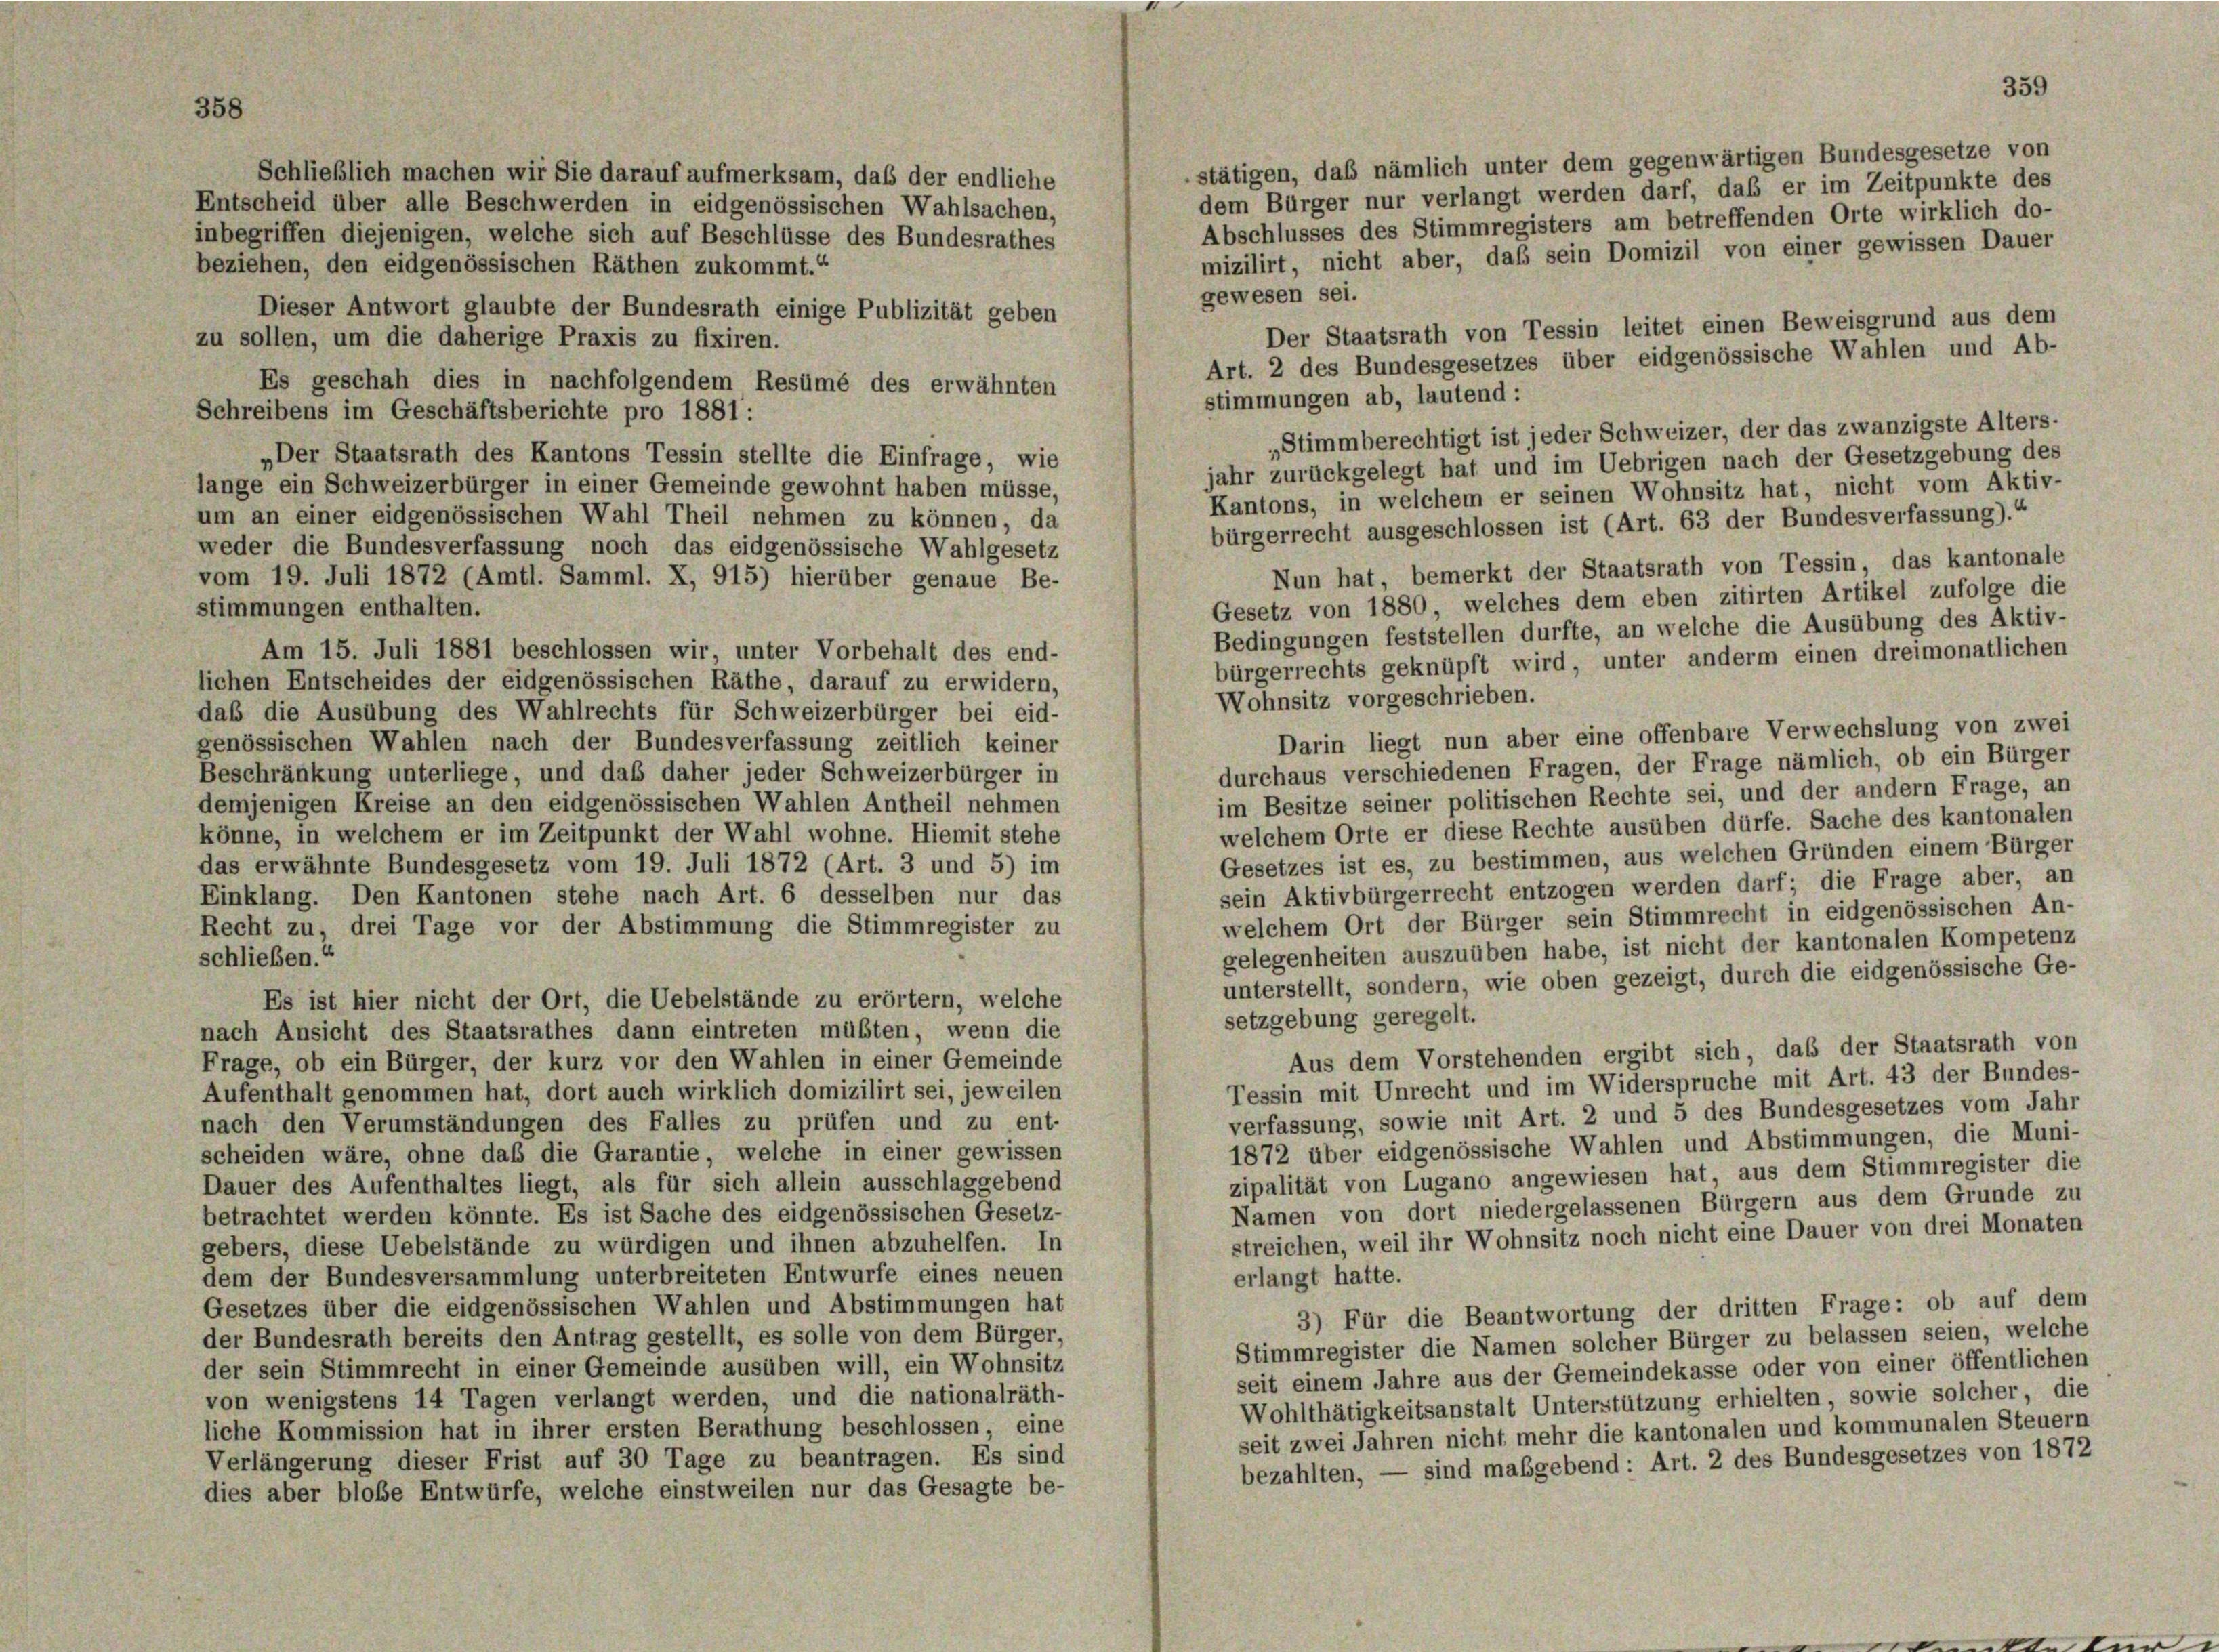
stätigen, daß nämlich unter dem gegenwärtigen Bundesgesetze von

Schließlich machen wir Sie darauf aufmerksam, daß der endliche
dem Bürger nur verlangt werden darf, daß er im Zeitpunkte des
Entscheid über alle Beschwerden in eidgenössischen Wahlsachen,
Abschlusses des Stimmregisters am betreffenden Orte wirklich do-
inbegriffen diejenigen, welche sich auf Beschlüsse des Bundesrathes
mizilirt, nicht aber, daß sein Domizil von einer gewissen Dauer
beziehen, den eidgenössischen Räthen zukommt.“
gewesen sei.
Dieser Antwort glaubte der Bundesrath einige Publizität geben
Der Staatsrath von Tessin leitet einen Beweisgrund aus dem
zu sollen, um die daherige Praxis zu fixiren.
Art. 2 des Bundesgesetzes über eidgenössische Wahlen und Ab-
Es geschah dies in nachfolgendem Resümé des erwähnten
Schreibens im Geschäftsberichte pro 1881:
„Der Staatsrath des Kantons Tessin stellte die Einfrage, wie
lange ein Schweizerbürger in einer Gemeinde gewohnt haben müsse,
um an einer eidgenössischen Wahl Theil nehmen zu können, da
weder die Bundesverfassung noch das eidgenössische Wahlgesetz
vom 19. Juli 1872 (Amtl. Samml. X, 915) hierüber genaue Be-
stimmungen enthalten.
Bedingungen feststellen durfte, an welche die Ausübung des Aktiv-
Am 15. Juli 1881 beschlossen wir, unter Vorbehalt des end-
bürgerrechts geknüpft wird, unter anderm einen dreimonatlichen
lichen Entscheides der eidgenössischen Räthe, darauf zu erwidern,
Wohnsitz vorgeschrieben.
daß die Ausübung des Wahlrechts für Schweizerbürger bei eid-
Darin liegt nun aber eine offenbare Verwechslung von zwei
genössischen Wahlen nach der Bundesverfassung zeitlich keiner
durchaus verschiedenen Fragen, der Frage nämlich, ob ein Bürger
Beschränkung unterliege, und das daher jeder Schweizerbürger in
im Besitze seiner politischen Rechte sei, und der andern Frage, an
demjenigen Kreise an den eidgenössischen Wahlen Antheil nehmen
welchem Orte er diese Rechte ausüben dürfe. Sache des kantonalen
könne, in welchem er im Zeitpunkt der Wahl wohne. Hiemit stehe
Gesetzes ist es, zu bestimmen, aus welchen Gründen einem Bürger
das erwähnte Bundesgesetz vom 19. Juli 1872 (Art. 3 und 5) im
sein Aktivbürgerrecht entzogen werden darf; die Frage aber, an
Einklang. Den Kantonen stehe nach Art. 6 desselben nur das
welchem Ort der Bürger sein Stimmrecht in eidgenössischen An-
Recht zu, drei Tage vor der Abstimmung die Stimmregister zu
gelegenheiten auszuüben habe, ist nicht der kantonalen Kompetenz
schließen.“
unterstellt, sondern, wie oben gezeigt, durch die eidgenössische Ge-
Es ist hier nicht der Ort, die Uebelstände zu erörtern, welche
setzgebung geregelt.
nach Ansicht des Staatsrathes dann eintreten müßten, wenn die
Aus dem Vorstehenden ergibt sich, das der Staatsrath von
Frage, ob ein Bürger, der kurz vor den Wahlen in einer Gemeinde
Tessin mit Unrecht und im Widerspruche mit Art. 43 der Bundes-
Aufenthalt genommen hat, dort auch wirklich domizilirt sei, jeweilen
verfassung, sowie mit Art. 2 und 5 des Bundesgesetzes vom Jahr
nach den Verumständungen des Falles zu prüfen und zu ent-
1872 über eidgenössische Wahlen und Abstimmungen, die Muni-
scheiden wäre, ohne daß die Garantie, welche in einer gewissen
zipalität von Lugano angewiesen hat, aus dem Stimmregister die
Dauer des Aufenthaltes liegt, als für sich allein ausschlaggebend
Namen von dort niedergelassenen Bürgern aus dem Grunde zu
betrachtet werden könnte. Es ist Sache des eidgenössischen Gesetz-
streichen, weil ihr Wohnsitz noch nicht eine Dauer von drei Monaten
gebers, diese Uebelstände zu würdigen und ihnen abzuhelfen. In
dem der Bundesversammlung unterbreiteten Entwurfe eines neuen
erlangt hatte.
Gesetzes über die eidgenössischen Wahlen und Abstimmungen hat
3) Für die Beantwortung der dritten Frage: ob auf dem
der Bundesrath bereits den Antrag gestellt, es solle von dem Bürger,
Stimmregister die Namen solcher Bürger zu belassen seien, welche
der sein Stimmrecht in einer Gemeinde ausüben will, ein Wohnsitz
seit einem Jahre aus der Gemeindekasse oder von einer öffentlichen
von wenigstens 14 Tagen verlangt werden, und die nationalräth-
Wohlthätigkeitsanstalt Unterstützung erhielten, sowie solcher, die
liche Kommission hat in ihrer ersten Berathung beschlossen, eine
seit zwei Jahren nicht mehr die kantonalen und kommunalen Steuern
Verlängerung dieser Frist auf 30 Tage zu beantragen. Es sind
bezahlten, — sind maßgebend: Art. 2 des Bundesgesetzes von 1872
dies aber bloße Entwürfe, welche einstweilen nur das Gesagte be-

stimmungen ab, lautend:
„Stimmberechtigt ist jeder Schweizer, der das zwanzigste Alters-
jahr zurückgelegt hat und im Uebrigen nach der Gesetzgebung des
Kantons, in welchem er seinen Wohnsitz hat, nicht vom Aktiv-
bürgerrecht ausgeschlossen ist (Art. 63 der Bundesverfassung).“
Nun hat, bemerkt der Staatsrath von Tessin, das kantonale
Gesetz von 1880, welches dem eben zitirten Artikel zufolge die